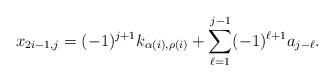
\begin{align*} x_{2i-1,j} = (-1)^{j+1} k_{\alpha(i), \rho(i)} + \sum_{\ell=1}^{j-1} (-1)^{\ell+1} a_{j-\ell}.\end{align*}